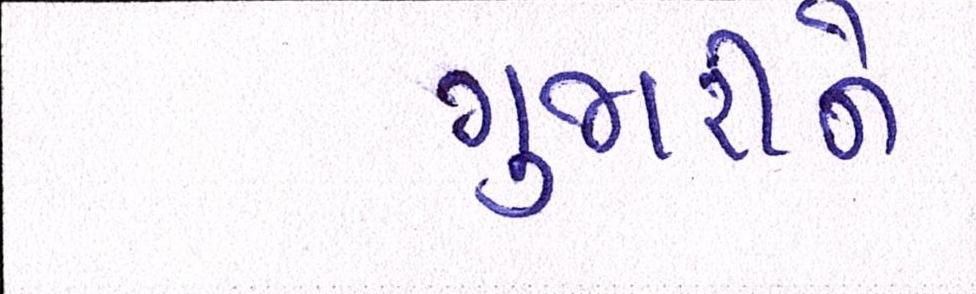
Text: ગુજારીને